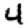
Digit: 4